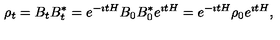
\rho _ { t } = B _ { t } B _ { t } ^ { * } = e ^ { - \imath t H } B _ { 0 } B _ { 0 } ^ { * } e ^ { \imath t H } = e ^ { - \imath t H } \rho _ { 0 } e ^ { \imath t H } ,